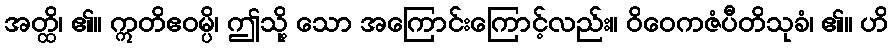
အတ္ထိ၊ ၏။ ဣတိဧဝမ္ပိ၊ ဤသို့ သော အကြောင်းကြောင့်လည်း။ ဝိဝေကဇံပီတိသုခံ၊ ၏။ ဟိ